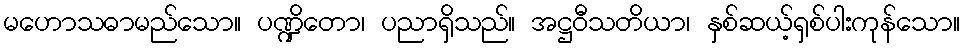
မဟောသဓာမည်သော။ ပဏ္ဍိတော၊ ပညာရှိသည်။ အဋ္ဌဝီသတိယာ၊ နှစ်ဆယ့်ရှစ်ပါးကုန်သော။